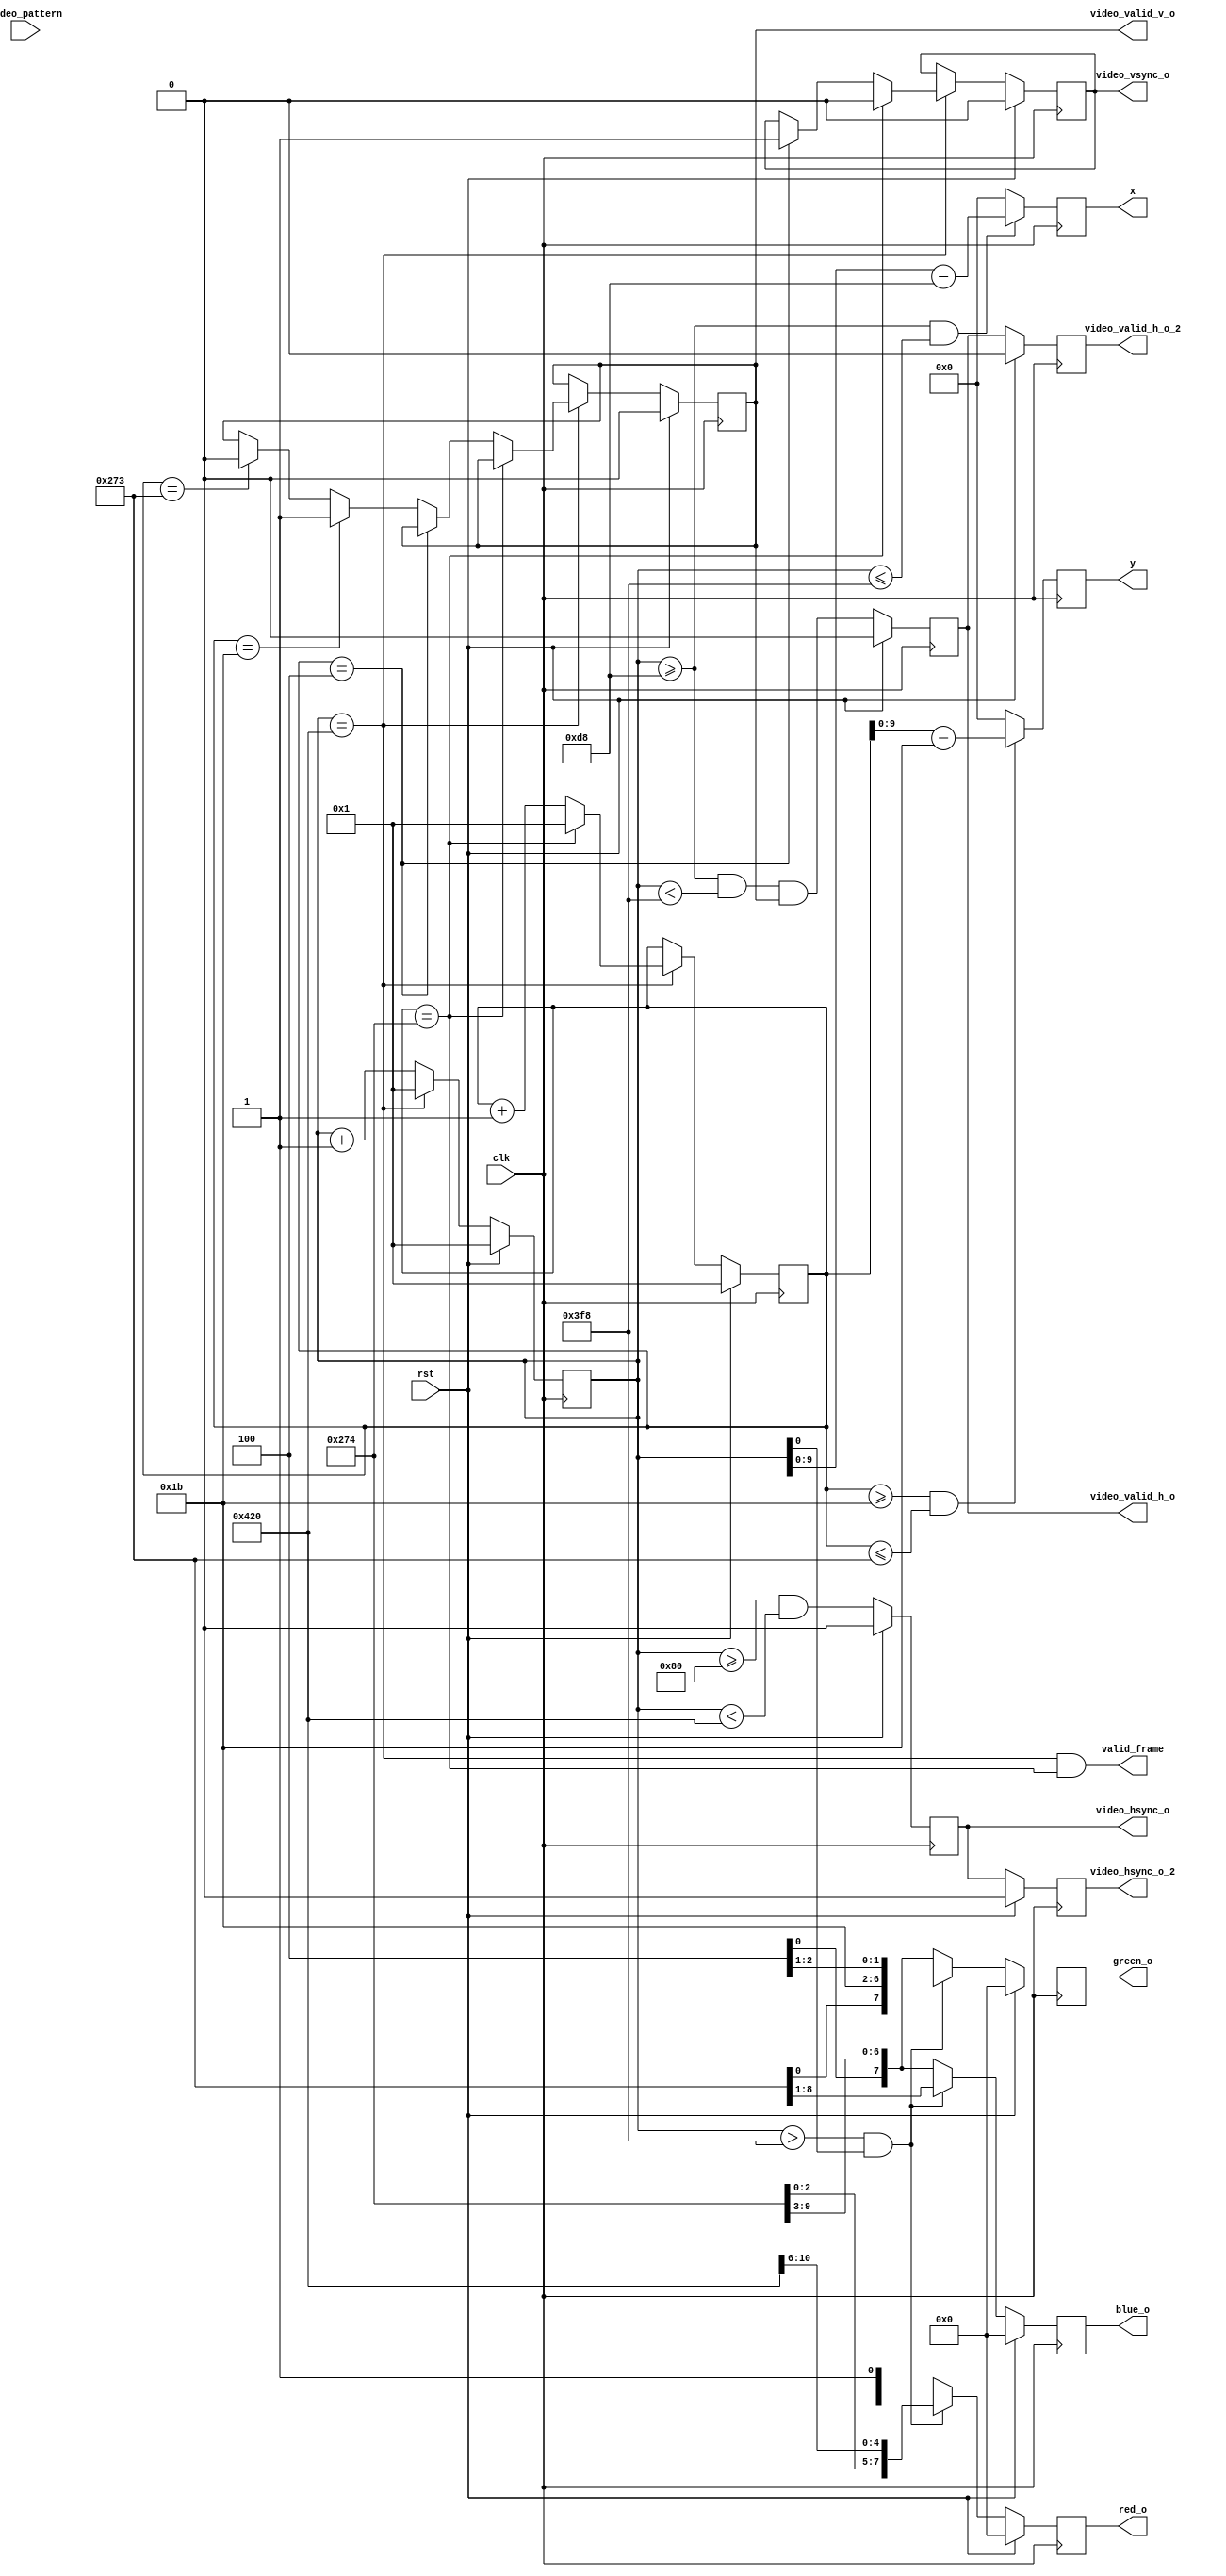
module video_gen (
 input        rst,
 input        clk,
 input [1:0]  video_pattern,
 output [7:0] red_o,
 output [7:0] green_o,
 output [7:0] blue_o,
 output       video_hsync_o,
 output       video_hsync_o_2,
 output       video_vsync_o,
 output       video_valid_h_o,
 output       video_valid_h_o_2,
 output       video_valid_v_o,
 output       valid_frame,
 output reg [9:0] x,y
);

parameter syncPulse_h= 128;            
parameter backPorch_h= 88;             
parameter activeVideo_h= 800;            
parameter frontPorch_h= 40;            
parameter syncPulse_v= 4;              
parameter backPorch_v = 23;             
parameter activeVideo_v = 600;            
parameter frontPorch_v = 1;

localparam total_h = syncPulse_h + backPorch_h + activeVideo_h + frontPorch_h;
localparam total_v = syncPulse_v + backPorch_v + activeVideo_v + frontPorch_v;
localparam activeStart_h = syncPulse_h + backPorch_h;
localparam activeEnd_h= activeVideo_h + activeStart_h;
localparam activeStart_v= syncPulse_v + backPorch_v;
localparam activeEnd_v= activeVideo_v + activeStart_v;

localparam bar2 = activeStart_h+activeVideo_h*1/8;
localparam bar3 = activeStart_h+activeVideo_h*2/8;
localparam bar4 = activeStart_h+activeVideo_h*3/8;
localparam bar5 = activeStart_h+activeVideo_h*4/8;
localparam bar6 = activeStart_h+activeVideo_h*5/8;
localparam bar7 = activeStart_h+activeVideo_h*6/8;
localparam bar8 = activeStart_h+activeVideo_h*7/8;

wire video_vsync, video_valid_v;
wire video_hsync, video_valid_h;
reg video_vsync_o, video_valid_v_o;
reg video_hsync_o, video_valid_h_o;
reg video_hsync_o_2, video_valid_h_o_2;
reg [16:0] h_count;
reg [16:0] v_count;
wire [15:0] bar_data;
wire [15:0] checker_color;
wire [15:0] checker_data;
   
always @ (posedge clk) begin
if (rst) begin 
	h_count <= 1'b1;
	v_count <= 1'b1;
	end
else if (h_count == total_h)
	if (v_count == total_v) begin
	h_count <= 1'b1;
	v_count <= 1'b1;
	end
	else begin
	h_count <= 1'b1;
	v_count <= v_count + 1'b1;
	end
else begin
	h_count <= h_count + 1'b1;
	end
end

assign video_hsync = (h_count>=syncPulse_h) && (h_count < total_h);
assign video_valid_h = (h_count >= activeStart_h) && (h_count < activeEnd_h) && video_valid_v_o;
assign valid_frame = (h_count == total_h) && (v_count == total_v);

    always @ (posedge clk)
	begin
	   if(rst) begin
	      video_vsync_o <= 1'b0;
	      video_valid_v_o <= 1'b0; end
	   else if(h_count == total_h) begin
              if(v_count == total_v)
                video_vsync_o <= 1'b0;
              else begin
                 if(v_count == syncPulse_v)
                   video_vsync_o <= 1'b1;
                 else if(v_count == activeStart_v)
                   video_valid_v_o <= 1'b1;
                 else if(v_count == activeEnd_v)
                   video_valid_v_o <= 1'b0;
              end
           end // if (h_count == total_h)
        end // always @ (posedge clk)
   
/////sync the video format to clk ///////
always @(posedge clk) begin
   if(rst) begin
      video_hsync_o <= 1'b0;
      video_valid_h_o <= 1'b0;
      video_hsync_o_2 <= 1'b0;
      video_valid_h_o_2 <= 1'b0;
      red_o <= 5'b0;
      green_o <= 6'b0;
      blue_o <= 5'b0;
   end
   else begin
      video_hsync_o <= video_hsync;
      video_valid_h_o <= video_valid_h;
      video_hsync_o_2 <= video_hsync_o;
      video_valid_h_o_2 <= video_valid_h_o;
      red_o <= red;
      green_o <= green;
      blue_o <= blue;
end	
end // always @ (posedge clk)
   
  assign bar_data = ((h_count>=activeStart_h)&(h_count<bar2))?{5'b11111,6'b111111,5'b11111}:
					((h_count>=bar2)&(h_count<bar3))?{5'b11111,6'b111111,5'b00000}:
					((h_count>=bar3)&(h_count<bar4))?{5'b00000,6'b111111,5'b11111}:
					((h_count>=bar4)&(h_count<bar5))?{5'b00000,6'b111111,5'b00000}:
					((h_count>=bar5)&(h_count<bar6))?{5'b11111,6'b000000,5'b11111}:
					((h_count>=bar6)&(h_count<bar7))?{5'b11111,6'b000000,5'b00000}:
					((h_count>=bar7)&(h_count<bar8))?{5'b00000,6'b000000,5'b11111}:
					{5'b00000,6'b000000,5'b00000};  

   assign checker_color = (h_count[6]&v_count[6]) ? 16'hf800 : (!h_count[6]&!v_count[6]) ? 16'h001f : 16'h07e0;
   assign checker_data = (h_count[5]^v_count[5]) ? checker_color : 16'h0000;
   
//----------------------------------------------------------------
////////// DISPLAY
//----------------------------------------------------------------
wire [7:0] red;
wire [7:0] green;
wire [7:0] blue;
reg [7:0]  red_o;
reg [7:0]  green_o;
reg [7:0]  blue_o;

//------ Get XY Cordinates of screen 

always @(posedge clk)begin
    if(h_count >= activeStart_h && h_count <= activeEnd_h)begin
        x <= h_count - activeStart_h; //x + 1;
    end
    else begin
        x <= 0;
        end
    if(v_count >= activeStart_v && v_count <= activeEnd_v)begin
        // y <= v_count - (syncPulse_v + backPorch_v);
        y <= v_count - activeStart_v;
    end
    else y <= 0;
end 
 /*  
true_dual_port_ram
#(
	.DATA_WIDTH(48),
	.ADDR_WIDTH(9),
	.WRITE_MODE_1("WRITE_FIRST"),
	.WRITE_MODE_2("WRITE_FIRST"),
	.OUTPUT_REG_1("TRUE"),
	.OUTPUT_REG_2("TRUE"),
	.RAM_INIT_FILE("buffer.mem")		// Initial code file   ("piv2_720p_reg.mem")
)
inst_piv2_reg
(
	.we1(1'b0),
	.we2(1'b0),
	.clka(tx_vga_clk),
	.clkb(tx_vga_clk),
	.din1({8{1'b0}}),
	.din2({8{1'b0}}),
	.addr1(i[9:0]),
	//.addr2(i_dbg_addr),
	.dout1(pixel_data)
//	.dout2(o_dbg_dout)
);

*/
wire [63:0]buffer1, buffer2;
assign red =  (h_count>activeEnd_h && h_count[0])? buffer1[7:0]:buffer2[7:0];//(video_pattern==3) ? v_count[6:2] : (video_pattern==2) ? h_count[6:2] : (video_pattern==1) ? bar_data[15:11] : checker_data[15:11];
assign green =(h_count>activeEnd_h && h_count[0])? buffer1[15:8]:buffer2[15:8]; //(video_pattern==3) ? v_count[6:1] : (video_pattern==2) ? h_count[6:1] : (video_pattern==1) ? bar_data[10:5] : checker_data[10:5];
assign blue = (h_count>activeEnd_h && h_count[0])? buffer1[23:16]:buffer2[23:8]; //(video_pattern==3) ? v_count[6:2] :(video_pattern==2) ? h_count[6:2] : (video_pattern==1) ? bar_data[4:0] : checker_data[4:0];


endmodule